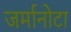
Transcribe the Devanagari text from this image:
जर्मानोटा